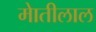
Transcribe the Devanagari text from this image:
माेतीलाल